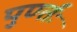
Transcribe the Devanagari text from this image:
पुर्ण्तः